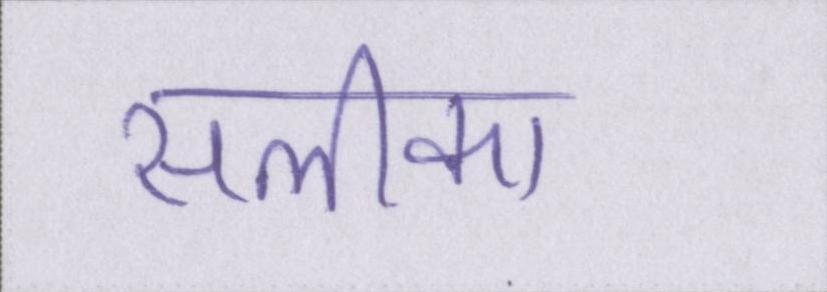
सलीका